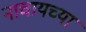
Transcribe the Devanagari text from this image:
नाचायच्या